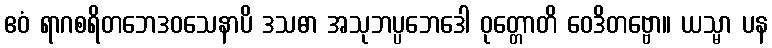
ဧဝံ ရာဂစရိတဘေဒဝသေနာပိ ဒသဓာ အသုဘပ္ပဘေဒေါ ဝုတ္တောတိ ဝေဒိတဗ္ဗော။ ယသ္မာ ပန